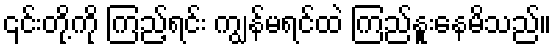
၎င်းတို့ကို ကြည့်ရင်း ကျွန်မရင်ထဲ ကြည်နူးနေမိသည်။